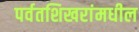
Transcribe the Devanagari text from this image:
पर्वतशिखरांमधील